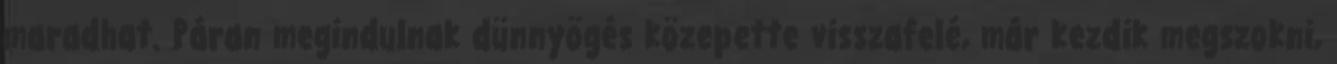
maradhat. Páran megindulnak dünnyögés közepette visszafelé, már kezdik megszokni,